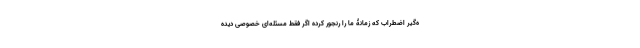
ه‌گیرِ اضطراب که زمانۀ ما را رنجور کرده اگر فقط مسئله‌ای خصوصی دیده